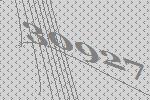
30927